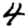
Digit: 4